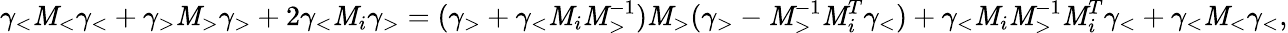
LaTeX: {\gamma}_{<}\mathit{M}_{<}\gamma_{<}+{\gamma}_{>}\mathit{M}_{>}\gamma_{>}+2{\gamma}_{<}\mathit{M}_{i}\gamma_{>}=({\gamma}_{>}+{\gamma}_{<}\mathit{M}_{i}\mathit{M}_{>}^{-1})\mathit{M}_{>}({\gamma}_{>}-\mathit{M}_{>}^{-1}\mathit{M}_{i}^{T}{\gamma}_{<})+{\gamma}_{<}\mathit{M}_{i}\mathit{M}_{>}^{-1}\mathit{M}_{i}^{T}\gamma_{<}+{\gamma}_{<}\mathit{M}_{<}\gamma_{<},